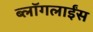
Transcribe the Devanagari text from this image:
ब्लॉगलाईंस